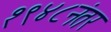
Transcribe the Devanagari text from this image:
१९४८नंतर